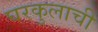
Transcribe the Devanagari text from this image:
घरकुलाची